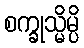
စက္ခုသ္မိမ္ပိ